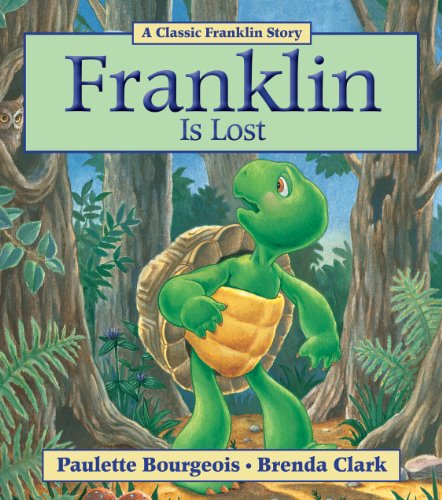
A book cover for Franklin Is Lost; Paulette Bourgeois; Children's Books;